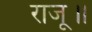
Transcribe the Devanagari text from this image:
राजू॥